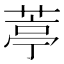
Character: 葶